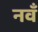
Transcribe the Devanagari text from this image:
नवँ